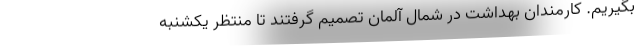
بگیریم. کارمندان بهداشت در شمال آلمان تصمیم گرفتند تا منتظر یکشنبه